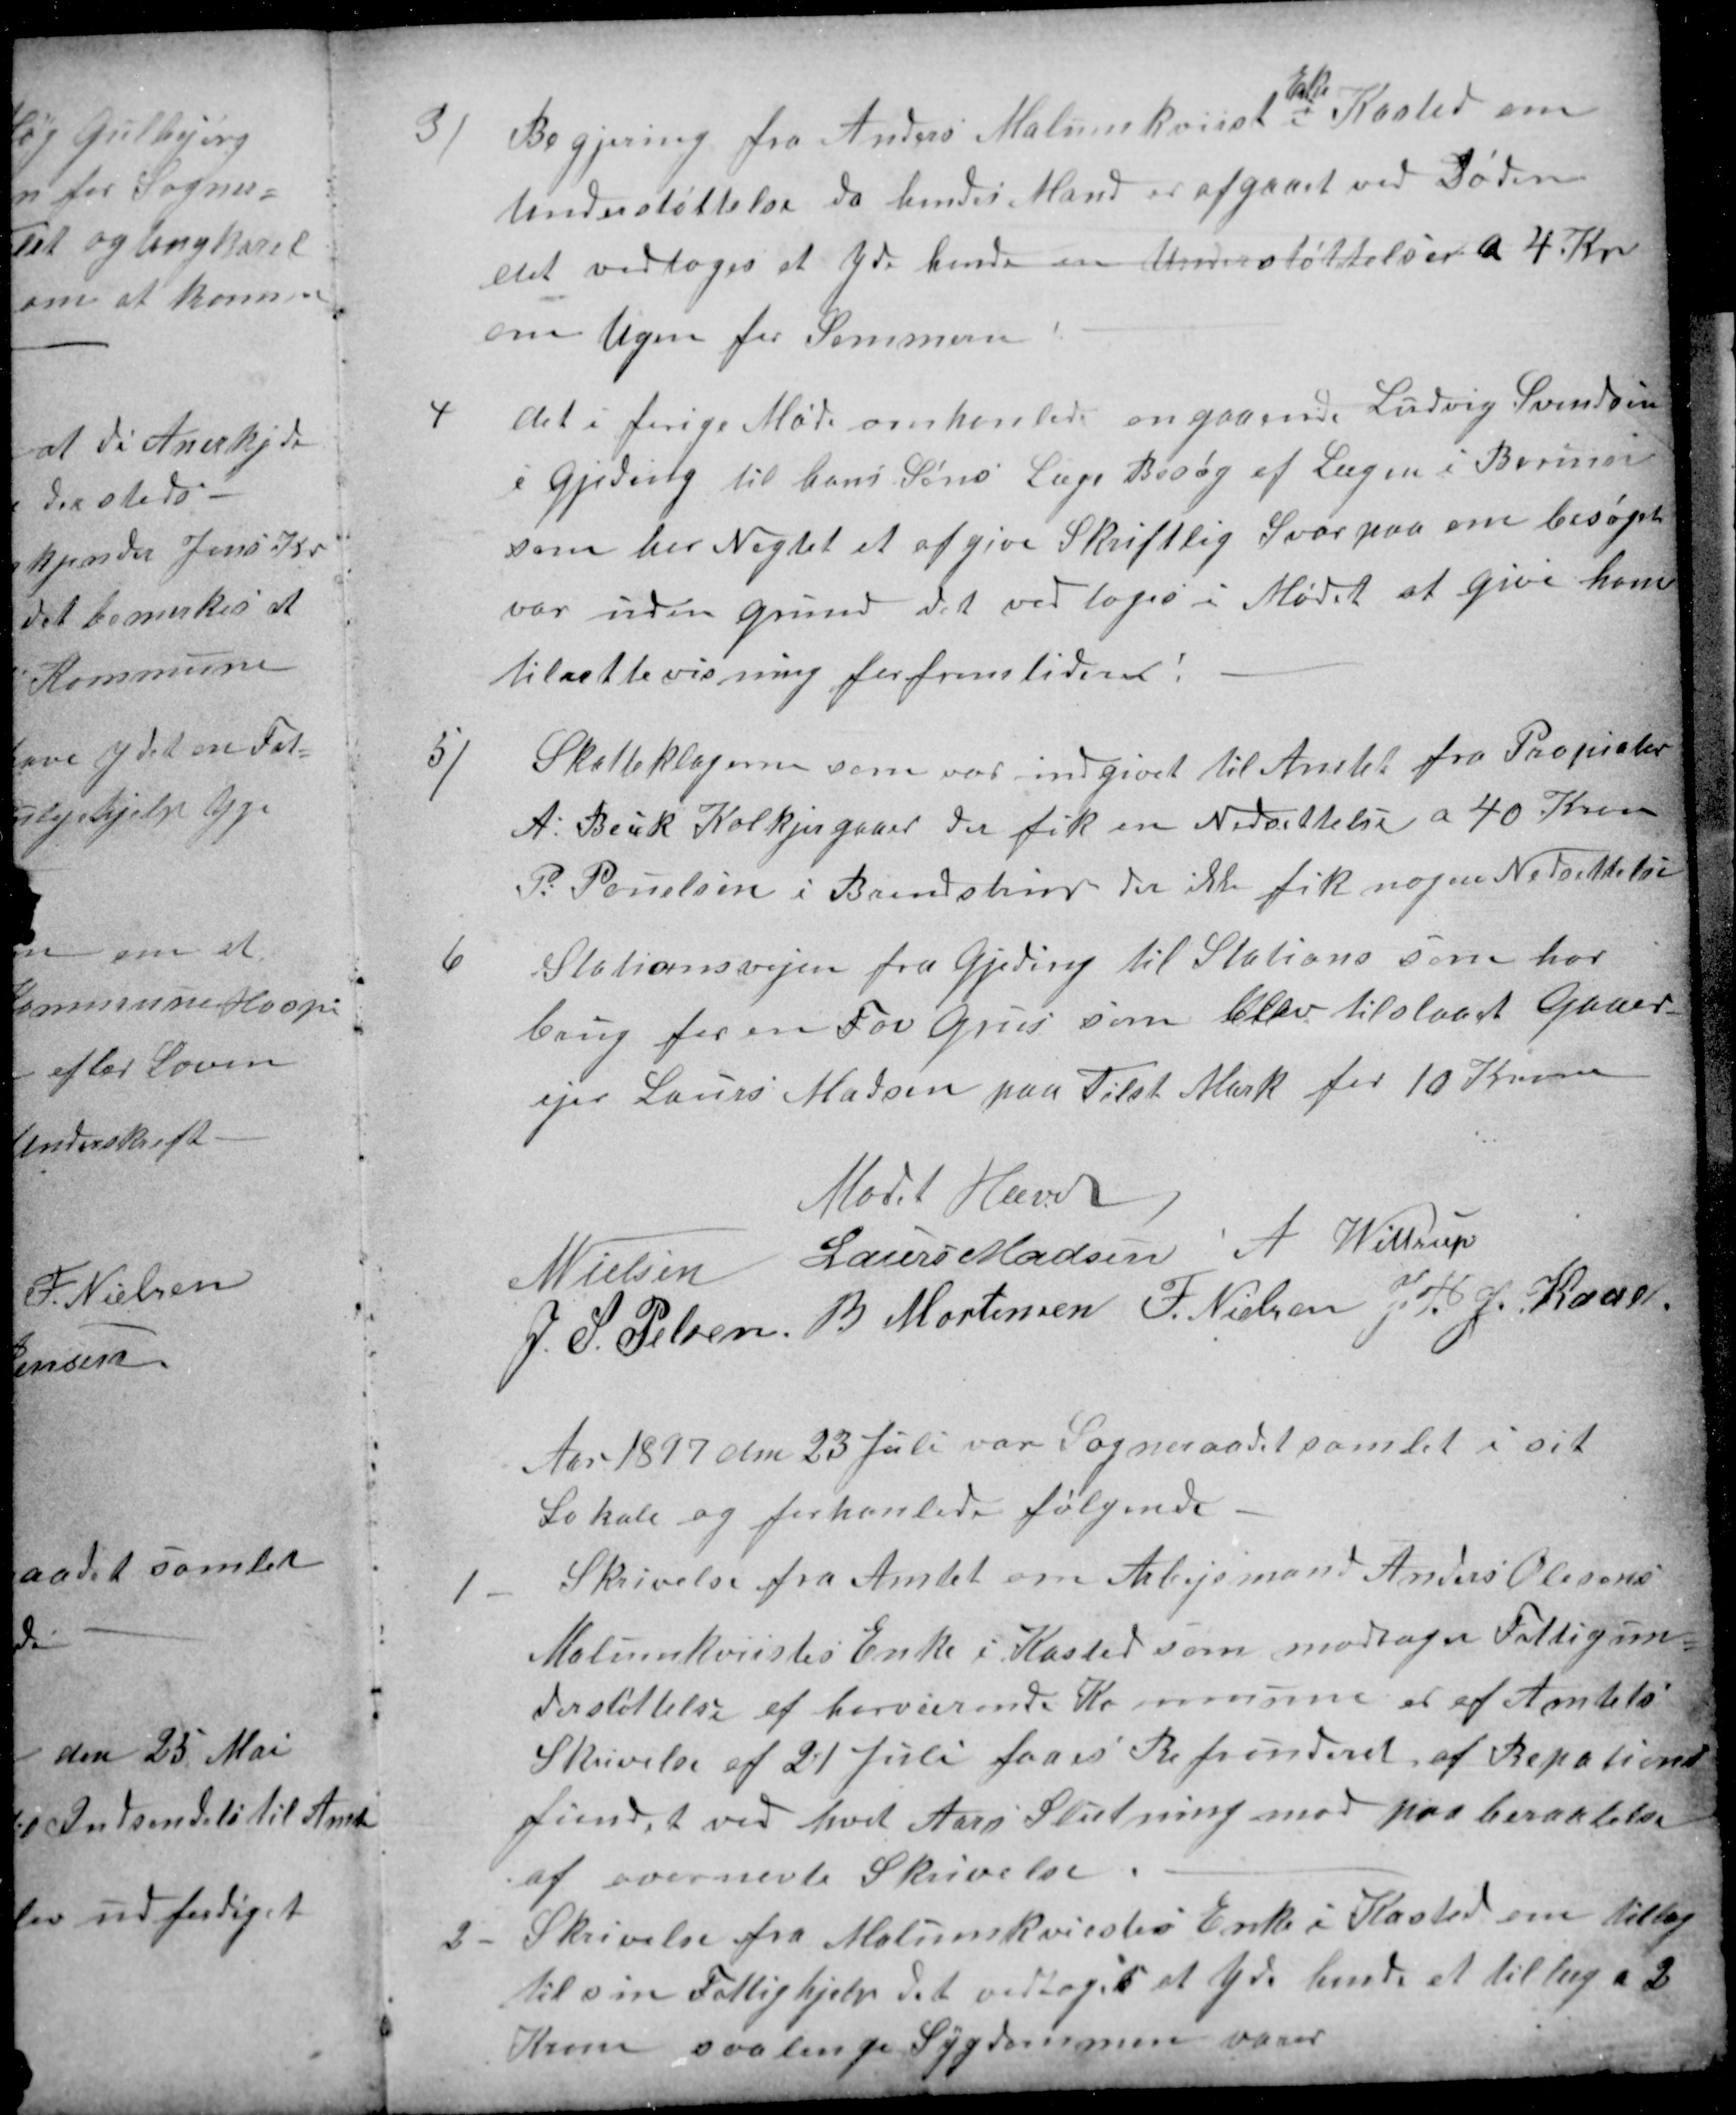
Transskription:
3/ Begjering fra Anders Malmmkviist 
Enke
i Kasted om
Understøttelse da hendes Mand er afgaaet ved Døden
det vedtoges at yde hende en Understøttelser a 4 Kr
om Ugen for Sommern
4
det i forige Møde omhanlede angaaende Ludvig Svendsen
i Gjeding til hans Søns Læge Besøg af Lægen i Borum
som har Nægtet et afgive Skriftlig Svar paa om besøget
var uden Grund det vedtoges i Mødet at give ham
tilrettevisning for fremtiden!
5/
Skatteklagerne som var indgivet til Amtet fra Propiatær
A: Beck Kolkjergaard, der fik en Nedsettelse a 40 Kroner
P: Pouelsen i Brendstrup der ikke fik nogen Nedsettelse
6
Stationsvejen fra Gjeding til Stations som har
brug for en Fov Grus som blev tilstaaet Gaaer-
ejer Laurs Madsen paa Tilst Mark for 10 Kroner
Mødet Hævet
N Nielsen 
Laurs Madsen 
A. Wittrup
J. S. Pelsen 
B Mortensen 
F. Nielsen
J. P.J. Kaae
Aar 1897 den 23 Juli var Sogneraadet samlet i sit
Lokale og forhanlede følgende.
1
Skrivelse fra Amtet om Arbejsmand Anders Olesens
Malmmkviistes Enke i Kasted som modtager Fattigun-
derstøttelse af herværende Kommune er af Amtets
Skrivelse af 21 Juli faaes Refunderet af Repations-
 fundet ved hvert Aars Slutning mod paa beaktelse
af overnevte Skrivelse
2
Skrivelse fra Malmmkviestes Enke i Kasted om tillæg
til sin Fattighjelp det vedtoges at yde hende et tillæg a 2
Kroner saa lenge Sygdommen varer